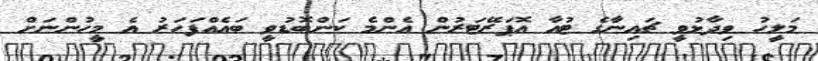
މަލީހު ވިދާޅުވީ ޗައިނާގެ ޓުއާ އޮޕަރޭޓަރުން އެންމެ ކަންބޮޑުވީ ބައެއްފަހަރު އެ މީހުންނަށް